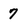
Character: 7